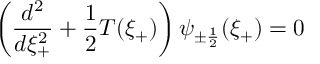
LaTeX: \left( \frac { d ^ { 2 } } { d \xi _ { + } ^ { 2 } } + \frac { 1 } { 2 } T ( \xi _ { + } ) \right) \psi _ { \pm \frac { 1 } { 2 } } ( \xi _ { + } ) = 0